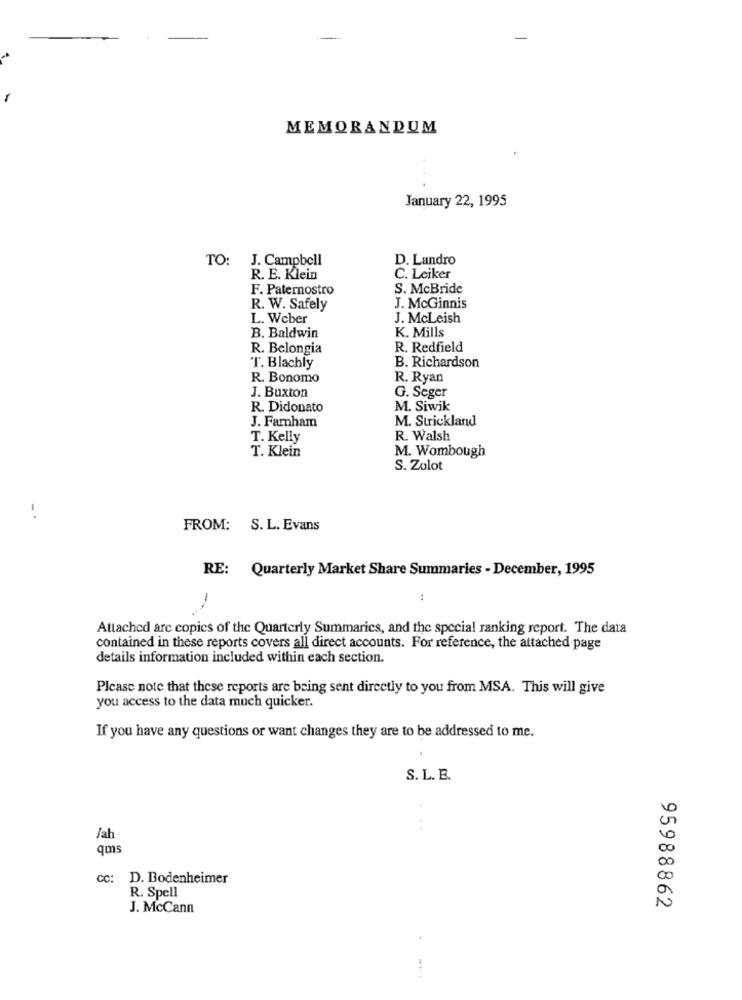
MEMORANDUM
January 22, 1995
TO:
J. Campbell
D. Landro
R. E. Klein
C. Leiker
F. Paternostro
S. McBride
R. W. Safely
J. McGinnis
L. Weber
J. McLeish
K. Mills
B. Baldwin
R. Belongia
R. Redfield
T. Blachly
B. Richardson
R. Bonomo
R. Ryan
J. Buxton
G. Seger
R. Didonato
M. Siwik
J. Farnham
M. Strickland
T. Kelly
R. Walsh
T. Klein
M. Wombough
S. Zolot
FROM: S. L. Evans
RE: Quarterly Market Share Summaries - December, 1995
:
Attached are copies of the Quarterly Summaries, and the special ranking report. The data
contained in these reports covers all direct accounts. For reference, the attached page
details information included within each section.
Please note that these reports are being sent directly to you from MSA. This will give
you access to the data much quicker.
If you have any questions or want changes they are to be addressed to me.
S. L. E.
/ah
qms
D. Bodenheimer
R. Spell
0
N
J. McCann
95988862
4